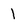
Character: l